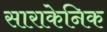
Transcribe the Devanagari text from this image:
साराकेनिक